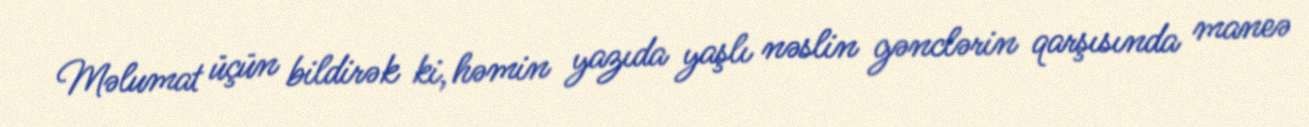
Məlumat üçün bildirək ki, həmin yazıda yaşlı nəslin gənclərin qarşısında maneə